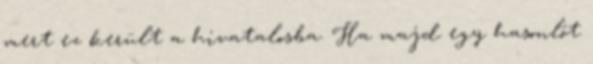
mert ez került a hivatalosba. Ha majd egy hasonlót